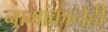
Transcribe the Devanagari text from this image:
नामांकानेही